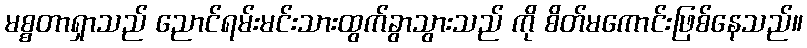
မစ္စတာရှာသည် ညောင်ရမ်းမင်းသားထွက်ခွာသွားသည် ကို စိတ်မကောင်းဖြစ်နေသည်။